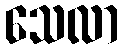
သေလာ